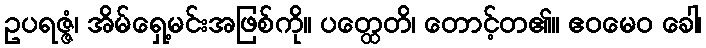
ဥပရဇ္ဇံ၊ အိမ်ရှေ့မင်းအဖြစ်ကို။ ပတ္ထေတိ၊ တောင့်တ၏။ ဧဝမေဝ ခေါ၊